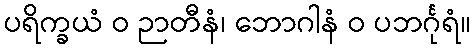
ပရိက္ခယံ ဝ ဉာတီနံ၊ ဘောဂါနံ ဝ ပဘင်္ဂုရံ။